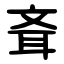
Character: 斊